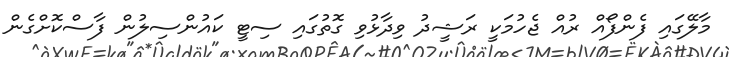
މާލޭގައި ފެންފޯއް ރުއް ޖެހުމަކީ ރަޝީދު ވިދާޅުވި ގޮތުގައި ސިޓީ ކައުންސިލުން ފާސްކޮށްގެން